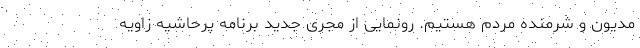
مدیون و شرمنده مردم هستیم. رونمایی از مجری جدید برنامه پرحاشیه زاویه